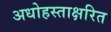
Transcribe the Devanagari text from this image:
अधोहस्ताक्षरित